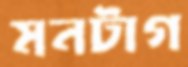
মনটাগ